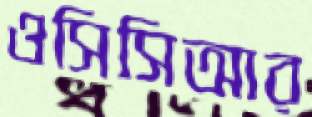
ওসিসিআর